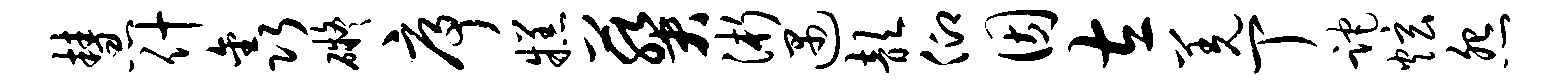
慧什鑫碍序糕葵浙遇歆仰因左羌丁跎炫怨